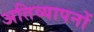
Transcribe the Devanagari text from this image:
अतिव्यापनों